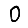
Digit: 0